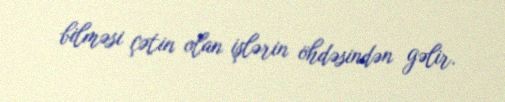
bilməsi çətin olan işlərin öhdəsindən gəlir.